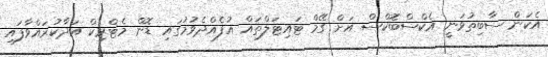
އެކަން ސާބިތުވަނީ އެކްސްބޮކްސް އަށް ގޭމް ޓައިޓަލްތައް އުފެއްދެވުމުގައި ޑޮން މެޓްރިކް އަދާކުރައްވާފައި